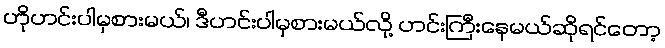
ဟိုဟင်းပါမှစားမယ်၊ ဒီဟင်းပါမှစားမယ်လို့ ဟင်းကြီးနေမယ်ဆိုရင်တော့